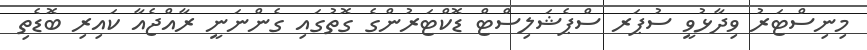
މިނިސްޓަރު ވިދާޅުވީ ސުޕަރ ސްޕެޝަލިސްޓް ޑޮކްޓަރުންގެ ގޮތުގައި ގެންނަނީ ރާއްޖެއާ ކައިރި ބޮޑެތި